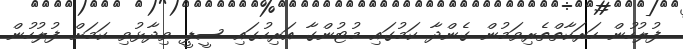
ފުލުހުން ހަރަކާތްތެރިވަމުން ގެންދާ ކަމުގައި މުޓުންގާ އަރިހުގައި ސީޕީ ވިދާޅުވި ކަމަށް ފުލުހުން